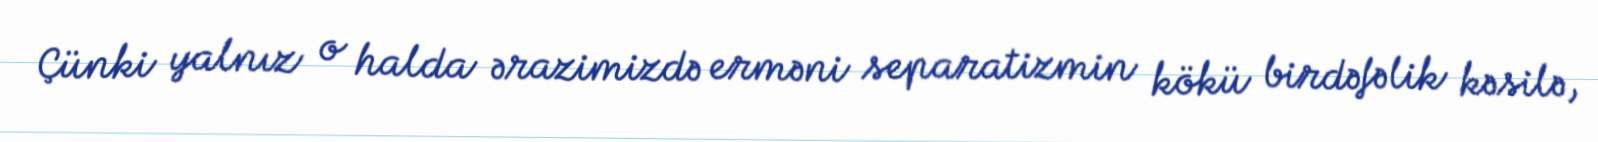
Çünki yalnız o halda ərazimizdə erməni separatizmin kökü birdəfəlik kəsilə,